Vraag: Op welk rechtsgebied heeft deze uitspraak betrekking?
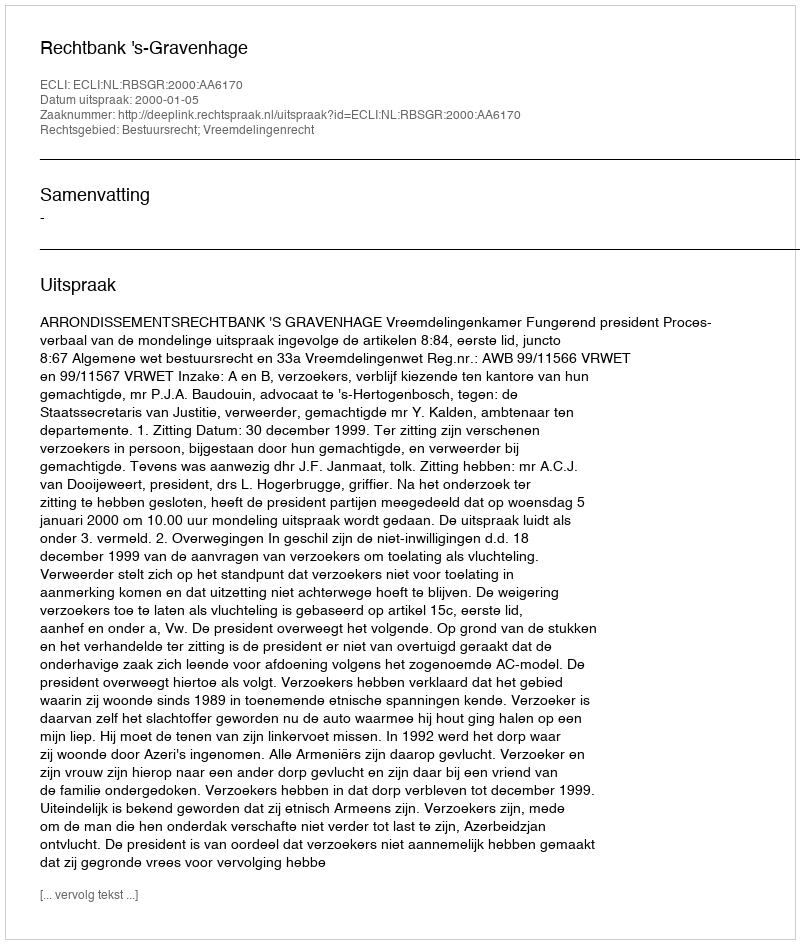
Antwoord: Bestuursrecht; Vreemdelingenrecht